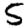
Digit: 5